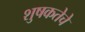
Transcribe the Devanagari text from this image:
शुषकतेचे